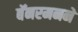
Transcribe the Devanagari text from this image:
बॅनरमनने